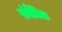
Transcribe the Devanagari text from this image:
संवैधिक